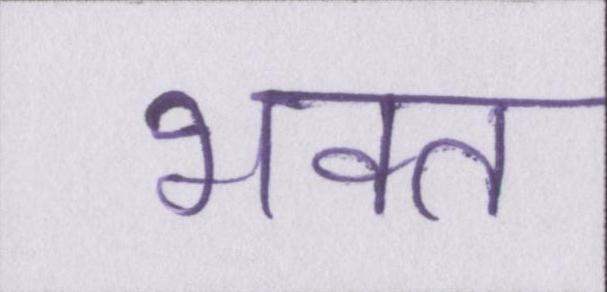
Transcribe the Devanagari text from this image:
भक्त